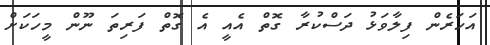
އަހަރެން ފިލާވަޅު ދަސްކުރާ ގޮތް އެއީ އެ ގޮތް ފަރިތަ ނޫން މީހަކަށް